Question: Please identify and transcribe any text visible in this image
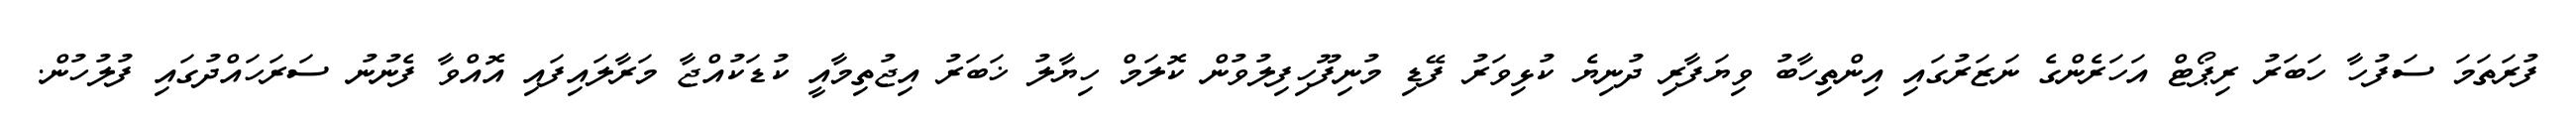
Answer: ފުރަތަމަ ސަފުހާ ހަބަރު ރިޕޯޓް އަހަރެންގެ ނަޒަރުގައި އިންތިހާބު ވިޔަފާރި ދުނިޔެ ކުޅިވަރު ފޭޑި މުނިފޫހިފިލުވުން ކޮލަމް ހިޔާލު ޚަބަރު އިޖުތިމާއީ ކުޑަކުއްޖާ މަރާލައިފައި އޮއްވާ ފެނުނު ސަރަހައްދުގައި ފުލުހުން.